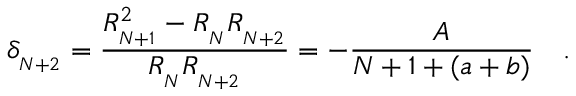
\delta _ { _ { N + 2 } } = \frac { R _ { _ { N + 1 } } ^ { 2 } - R _ { _ N } R _ { _ { N + 2 } } } { R _ { _ N } R _ { _ { N + 2 } } } = - \frac { A } { N + 1 + ( a + b ) } \quad .